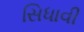
સિધાવી